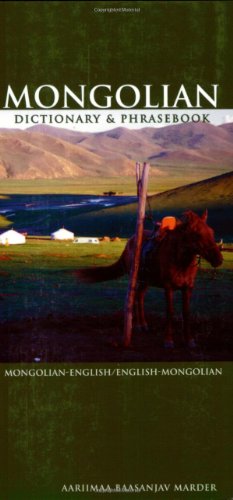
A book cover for Mongolian-English/English-Mongolian Dictionary & Phrasebook (Hippocrene Dictionary & Phrasebooks) (Multilingual Edition); Aariimaa Baasanjav Marder; Reference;